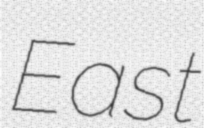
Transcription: East